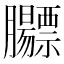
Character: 𬛡